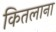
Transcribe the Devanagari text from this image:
कितलाना